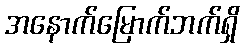
အနောက်မြောက်ဘက်ရှိ